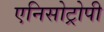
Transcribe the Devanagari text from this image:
एनिसोट्रोपी